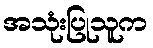
အသုံးပြုသူက